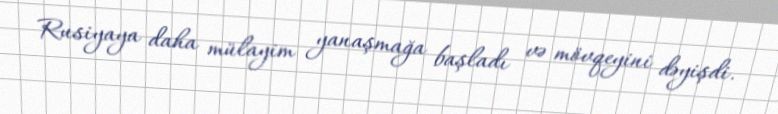
Rusiyaya daha mülayim yanaşmağa başladı və mövqeyini dəyişdi.